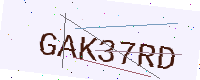
Text: GAK37RD